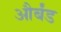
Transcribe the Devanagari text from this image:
और्बंड